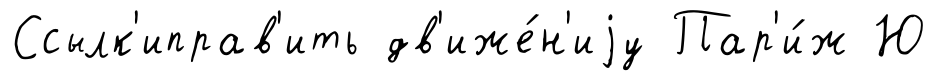
Ссылк'иправ'ить дв'иже́н'иjу Пар'и́ж Ю